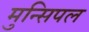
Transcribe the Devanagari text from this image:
मुन्सिपल